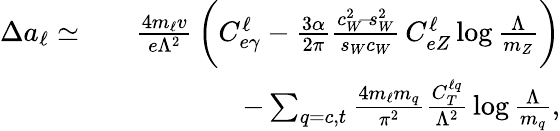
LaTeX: \begin{array}{rlr}{\Delta a_{\ell}\simeq}&{}&{\frac{4m_{\ell}v}{e\Lambda^{2}}\, \bigg(C_{e\gamma}^{\ell}-\frac{3\alpha}{2\pi}\frac{c_{W}^{2}\! -\! s_{W}^{2}}{s_{W}c_{W}}\, C_{eZ}^{\ell}\log\frac{\Lambda}{m_{Z}}\bigg)}\\ &{}&{-\sum_{q=c,t}\frac{4m_{\ell}m_{q}}{\pi^{2}}\frac{C_{T}^{\ell q}}{\Lambda^{2}}\, \log\frac{\Lambda}{m_{q}},}\end{array}